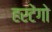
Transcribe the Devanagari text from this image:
हरटेंगो